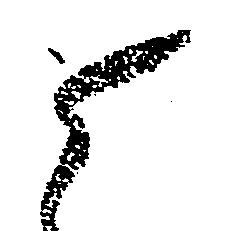
ら